Vaccine operations Central Provinces 1886-1899 - 1886-1899
Year: 1886
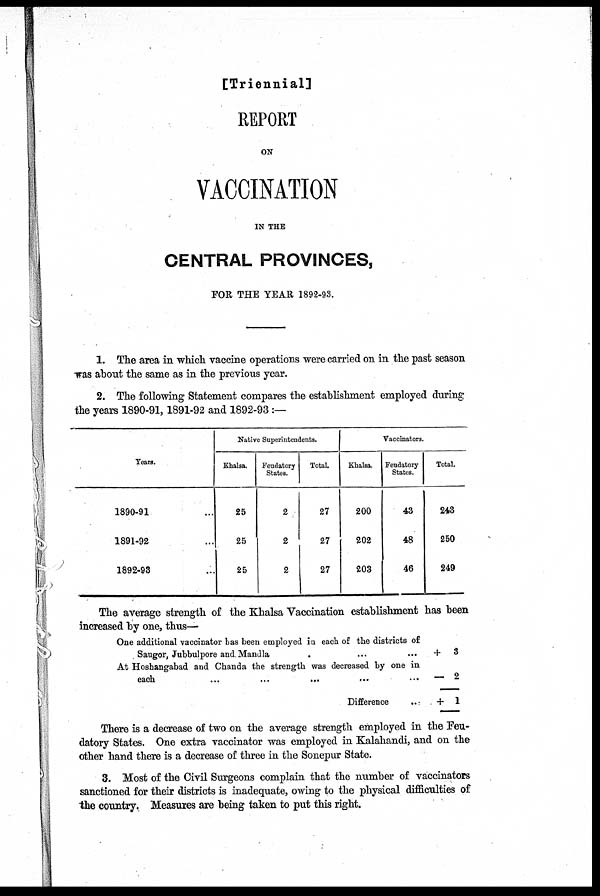
[Triennial]
REPORT
ON
VACCINATION
IN THE
CENTRAL PROVINCES,
FOR THE YEAR 1892-93.
1. The area in which vaccine operations were carried on in the past season
was about the same as in the previous year.
2. The following Statement compares the establishment employed during
the years 1890-91, 1891-92 and 1892-93:—
Years.
1890-91 ...
1891-92 ...
1892-93 ...
Native Superintendents.
Khalsa.
25
25
25
Feudatory
States.
2
2
2
Total.
27
27
27
Vaccinators.
Khalsa.
200
202
203
Feudatory
States.
43
48
46
Total.
243
250
249
The average strength of the Khalsa Vaccination establishment has been
increased by one, thus—
One additional vaccinator has been employed in each of the districts of
Saugor, Jubbulpore and Mandla ... ... ...
At Hoshangabad and Chanda the strength was decreased by one in
each
...
...
...
...
...
Difference
...
+ 3
— 2
+ 1
There is a decrease of two on the average strength employed in the Feu-
datory States. One extra vaccinator was employed in Kalahandi, and on the
other hand there is a decrease of three in the Sonepur State.
3. Most of the Civil Surgeons complain that the number of vaccinators
sanctioned for their districts is inadequate, owing to the physical difficulties of
the country. Measures are being taken to put this right.